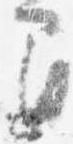
間